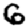
Digit: 6